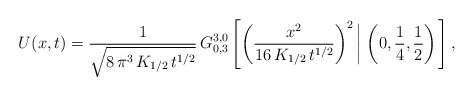
\begin{align*}U(x,t) = \frac{1}{\sqrt{8\,\pi^3\,K_{1/2}\,t^{1/2}}}\,G^{3,0}_{0,3}\left[ \left(\frac{x^2}{16\,K_{1/2}\,t^{1/2}}\right)^2 \left| \; \left( 0,\frac{1}{4},\frac{1}{2}\right) \right.\right],\end{align*}